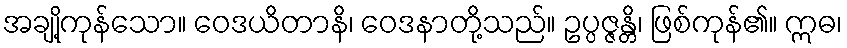
အချို့ကုန်သော။ ဝေဒယိတာနိ၊ ဝေဒနာတို့သည်။ ဥပ္ပဇ္ဇန္တိ၊ ဖြစ်ကုန်၏။ ဣဓ၊